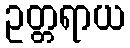
ဥတ္တရာယ